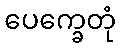
ပေက္ခေတုံ